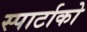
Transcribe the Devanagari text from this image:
स्पार्टाको